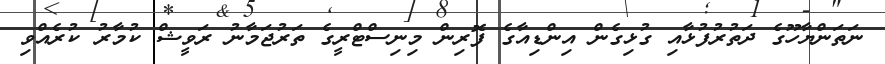
ނަތަންޔާހޫގެ ދަތުރުފުޅާއި ގުޅިގެން އިންޑިއާގެ ފޮރިން މިނިސްޓްރީގެ ތަރުޖަމާނު ރަވީޝް ކުމާރު ކުރެއްވި